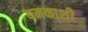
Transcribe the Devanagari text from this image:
यमकाशी